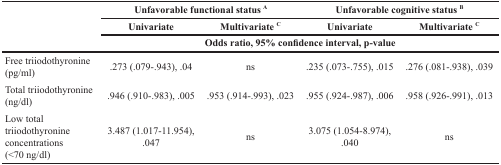
<table><thead><tr><td rowspan="3"></td><td colspan="2"><b>Unfavorable functional status <sup>A</sup></b></td><td colspan="2"><b>Unfavorable cognitive status <sup>B</sup></b></td></tr><tr><td><b>Univariate</b></td><td><b>Multivariate <sup>C</sup></b></td><td><b>Univariate</b></td><td><b>Multivariate <sup>C</sup></b></td></tr><tr><td colspan="4"><b>Odds ratio, 95% confidence interval, p-value</b></td></tr></thead><tbody><tr><td>Free triiodothyronine (pg/ml)</td><td>.273 (.079-.943), .04</td><td>ns</td><td>.235 (.073-.755), .015</td><td>.276 (.081-.938), .039</td></tr><tr><td>Total triiodothyronine (ng/dl)</td><td>.946 (.910-.983), .005</td><td>.953 (.914-.993), .023</td><td>.955 (.924-.987), .006</td><td>.958 (.926-.991), .013</td></tr><tr><td>Low total triiodothyronine concentrations (&lt;70 ng/dl)</td><td>3.487 (1.017-11.954), .047</td><td>ns</td><td>3.075 (1.054-8.974), .040</td><td>ns</td></tr></tbody></table>